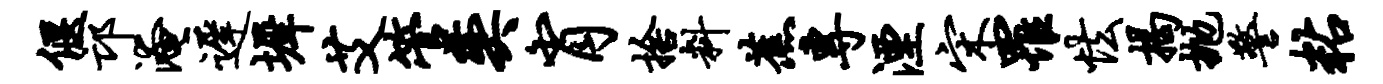
偃邙淹迟墀艾管奕肖舍料蕉专湮宋罹怯揭抛警粘